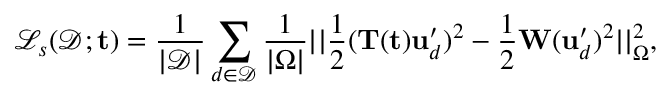
\mathcal { L } _ { s } ( \mathcal { D } ; \mathbf { t } ) = \frac { 1 } { | \mathcal { D } | } \sum _ { d \in \mathcal { D } } \frac { 1 } { | \Omega | } | | \frac { 1 } { 2 } ( \mathbf { T } ( \mathbf { t } ) \mathbf { u } _ { d } ^ { \prime } ) ^ { 2 } - \frac { 1 } { 2 } \mathbf { W } ( \mathbf { u } _ { d } ^ { \prime } ) ^ { 2 } | | _ { \Omega } ^ { 2 } ,